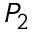
P _ { 2 }